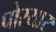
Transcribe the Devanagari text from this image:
पोरयार